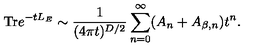
\mathrm { T r } e ^ { - t L _ { E } } \sim { \frac { 1 } { ( 4 \pi t ) ^ { D / 2 } } } \sum _ { n = 0 } ^ { \infty } ( A _ { n } + A _ { \beta , n } ) t ^ { n } .